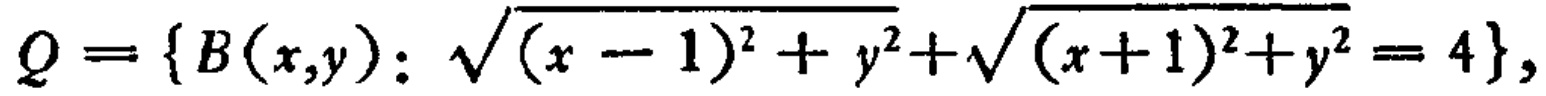
$Q = \{B(x,y): \sqrt{(x - 1)^2 + y^2}+\sqrt{(x + 1)^2 + y^2} = 4\},$